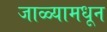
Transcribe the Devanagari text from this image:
जाळ्यामधून